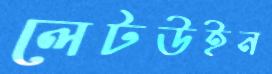
লেটউইন